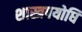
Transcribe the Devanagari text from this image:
शास्त्रपयोधि